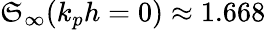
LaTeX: \mathfrak{S}_{\infty}(k_{p}h=0)\approx 1.668